Report of the Bombay Veterinary College
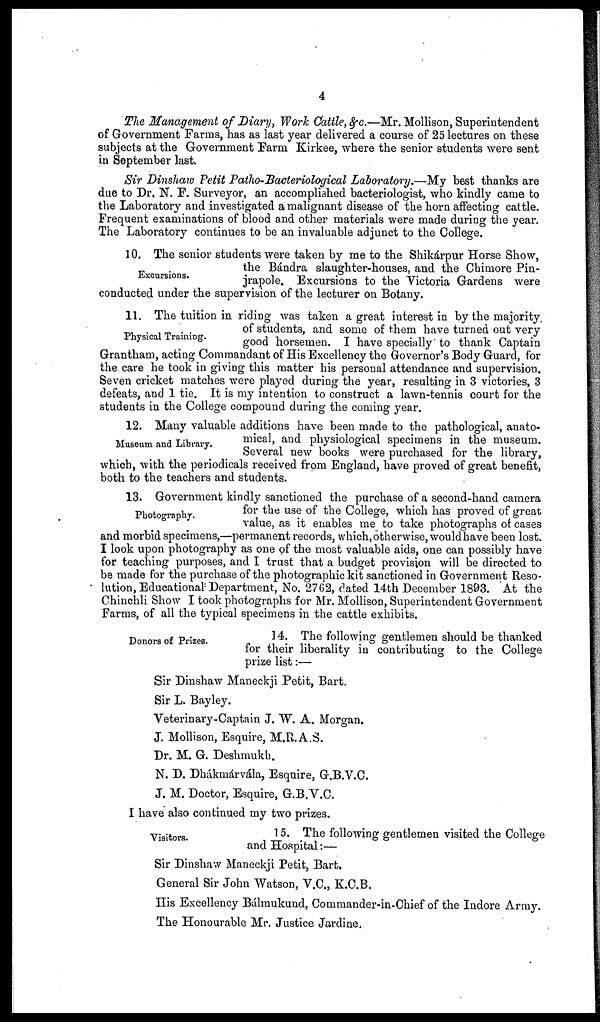
4
The Management of Diary, Work Cattle, &c.—Mr. Mollison, Superintendent
of Government Farms, has as last year delivered a course of 25 lectures on these
subjects at the Government Farm Kirkee, where the senior students were sent
in September last.
Sir Dinshaw Petit Patho-Bacteriological Laboratory.—My best thanks are
due to Dr. N. F. Surveyor, an accomplished bacteriologist, who kindly came to
the Laboratory and investigated a malignant disease of the horn affecting cattle.
Frequent examinations of blood and other materials were made during the year.
The Laboratory continues to be an invaluable adjunct to the College.
Excursions.
10. The senior students were taken by me to the Shikárpur Horse Show,
the Bándra slaughter-houses, and the Chimore Pin¬
jrapole. Excursions to the Victoria Gardens were
conducted under the supervision of the lecturer on Botany.
Physical Training.
11. The tuition in riding was taken a great interest in by the majority.
of students, and some of them have turned out very
good horsemen. I have specially to thank Captain
Grantham, acting Commandant of His Excellency the Governor's Body Guard, for
the care he took in giving this matter his personal attendance and supervision.
Seven cricket matches were played during the year, resulting in 3 victories, 3
defeats, and 1 tie. It is my intention to construct a lawn-tennis court for the
students in the College compound during the coming year.
Museum and Library.
12. Many valuable additions have been made to the pathological, anato-
mical, and physiological specimens in the museum.
Several new books were purchased for the library,
which, with the periodicals received from England, have proved of great benefit,
both to the teachers and students.
Photography.
13. Government kindly sanctioned the purchase of a second-hand camera
for the use of the College, which has proved of great
value, as it enables me to take photographs of cases
and morbid specimens,—permanent records, which, otherwise, would have been lost.
I look upon photography as one of the most valuable aids, one can possibly have
for teaching purposes, and I trust that a budget provision will be directed to.
be made for the purchase of the photographic kit sanctioned in Government Reso-
lution, Educational Department, No. 2762, dated 14th December 1893. At the
Chinchli Show I took photographs for Mr. Mollison, Superintendent Government
Farms, of all the typical specimens in the cattle exhibits.
Donors of Prizes.
14. The following gentlemen should be thanked
for their liberality in contributing to the College
prize list:—
Sir Dinshaw Maneckji Petit, Bart.
Sir L. Bayley.
Veterinary-Captain J. W. A. Morgan.
J. Mollison, Esquire, M.R.A.S.
Dr. M. G. Deshmukh.
N. D. Dhákmárvála, Esquire, G.B.V.C.
J. M. Doctor, Esquire, G.B.V.C.
I have also continued my two prizes.
Visitors.
15. The following gentlemen visited the College
and Hospital:—
Sir Dinshaw Maneckji Petit, Bart,
General Sir John Watson, V.C., K.C.B.
His Excellency Bálmukund, Commander-in-Chief of the Indore Army.
The Honourable Mr. Justice Jardine.